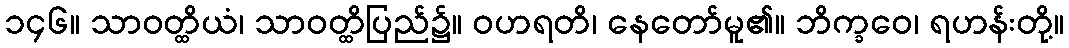
၁၄၆။ သာဝတ္ထိယံ၊ သာဝတ္ထိပြည်၌။ ဝဟရတိ၊ နေတော်မူ၏။ ဘိက္ခဝေ၊ ရဟန်းတို့။